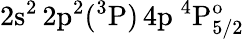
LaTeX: \mathrm{2s^{2}\, 2p^{2}(^{3}P)\, 4p~^{4}P_{5/2}^{o}}